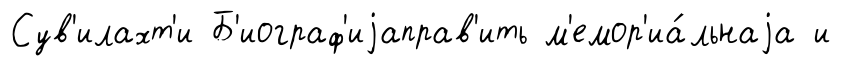
Сув'илахт'и Б'иограф'иjаправ'ить м'емор'иа́льнаjа и